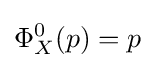
\Phi _{X}^{0}(p)=p